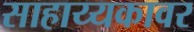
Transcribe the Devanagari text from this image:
साहाय्यकावर